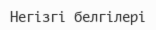
Негізгі белгілері